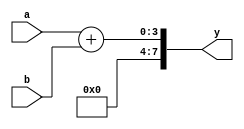
`timescale 1ns / 1ps
module adder(a,b,y);
parameter  WIDTH=4;
input [0:WIDTH-1] a,b;
//output [0:WIDTH-1] y;
output reg  [0:(WIDTH*2)-1] y;
wire[0:WIDTH-1]g;
assign g=0;
always@(a or b)
	begin
y = {g, (a + b)};

	end

endmodule
module multiplier(a,b,y);
parameter WIDTH=4;
input [0:WIDTH-1]a,b;
output [0:(WIDTH*2)-1]y;
reg [0:(WIDTH*2)-1]y;
always@(a or b)
	begin
		y=a*b;
	end

endmodule
module comparator(A,B,A_greater_B);  
 parameter WIDTH=4;
 input [0:WIDTH-1] A,B;
  output reg A_greater_B;

 // A greater than B output   
 always @(A or B)
 begin
 if (A>B)
 A_greater_B<= 1;
 else
 A_greater_B<= 0;
 //assign A_greater_B = tmp6 | tmp7 | tmp8;  
 end
 endmodule 

module add_mul_comp_4_bit(a, b, Result);
      parameter WIDTH=4;
	input [0:WIDTH-1]a, b;

      output reg [0:(WIDTH*2)-1]Result;
      wire A_greater_B;
      wire [0:(WIDTH*2)-1]Result_add;
      wire [0:(WIDTH*2)-1]Result_mul;
adder adder_1 (.a(a), .b(b), .y(Result_add));
multiplier multiplier_1 (.a(a), .b(b), .y(Result_mul));
comparator comparator_1(a,b, A_greater_B);  
          always@(*)
          begin
    Result = A_greater_B ? Result_mul : Result_add;
    
end
endmodule